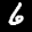
Label: 6